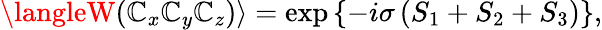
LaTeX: \langleW(\mathbb{C}_{x}\mathbb{C}_{y}\mathbb{C}_{z})\rangle=\exp\left\{ -i\sigma\left(S_{1}+S_{2}+S_{3}\right)\right\} ,